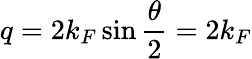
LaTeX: q=2k_{F}\sin\frac{\theta}{2}=2k_{F}